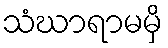
သံဃာရာမမှိ